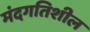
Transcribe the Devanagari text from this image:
मंदगतिशील